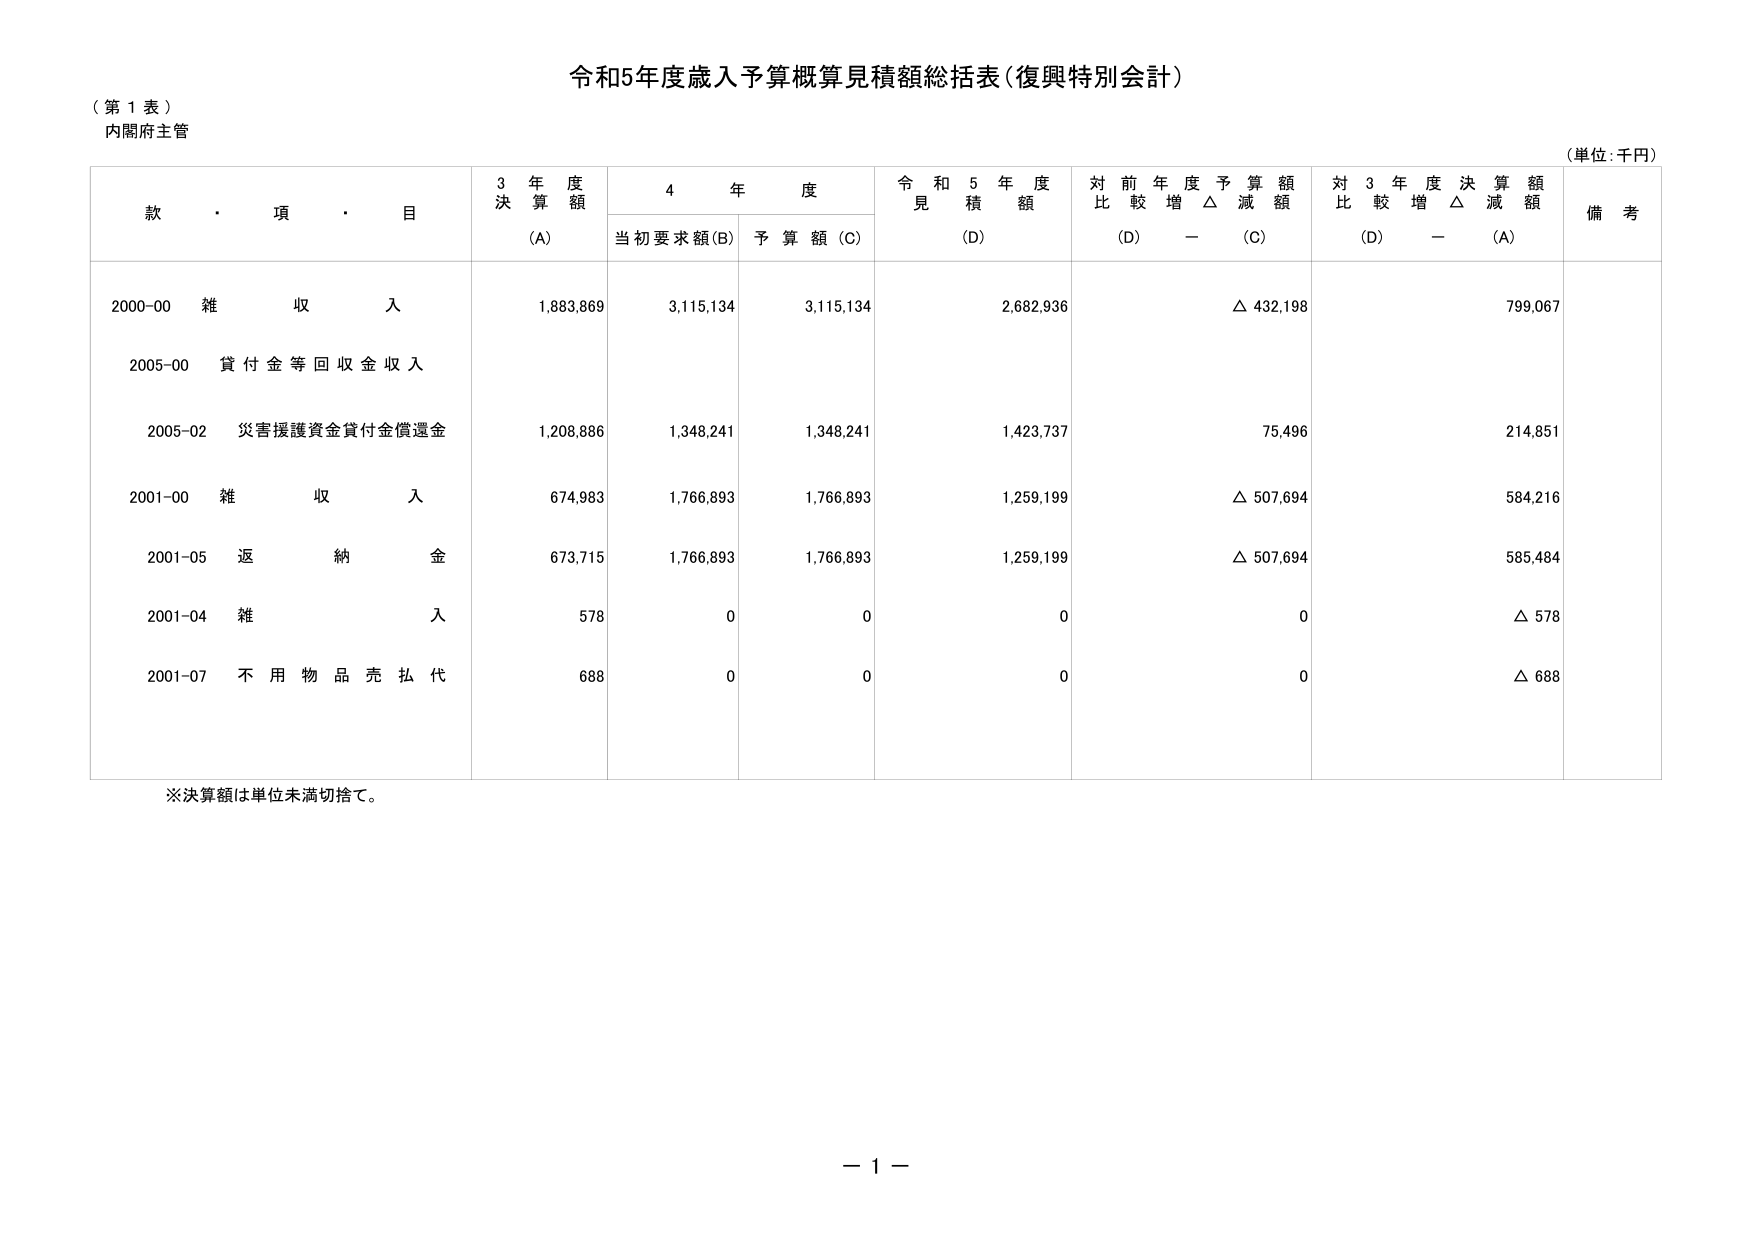
令和5年度歳入予算概算見積額総括表（復興特別会計）

（第１表）
内閣府主管

（単位：千円）

款・項・目